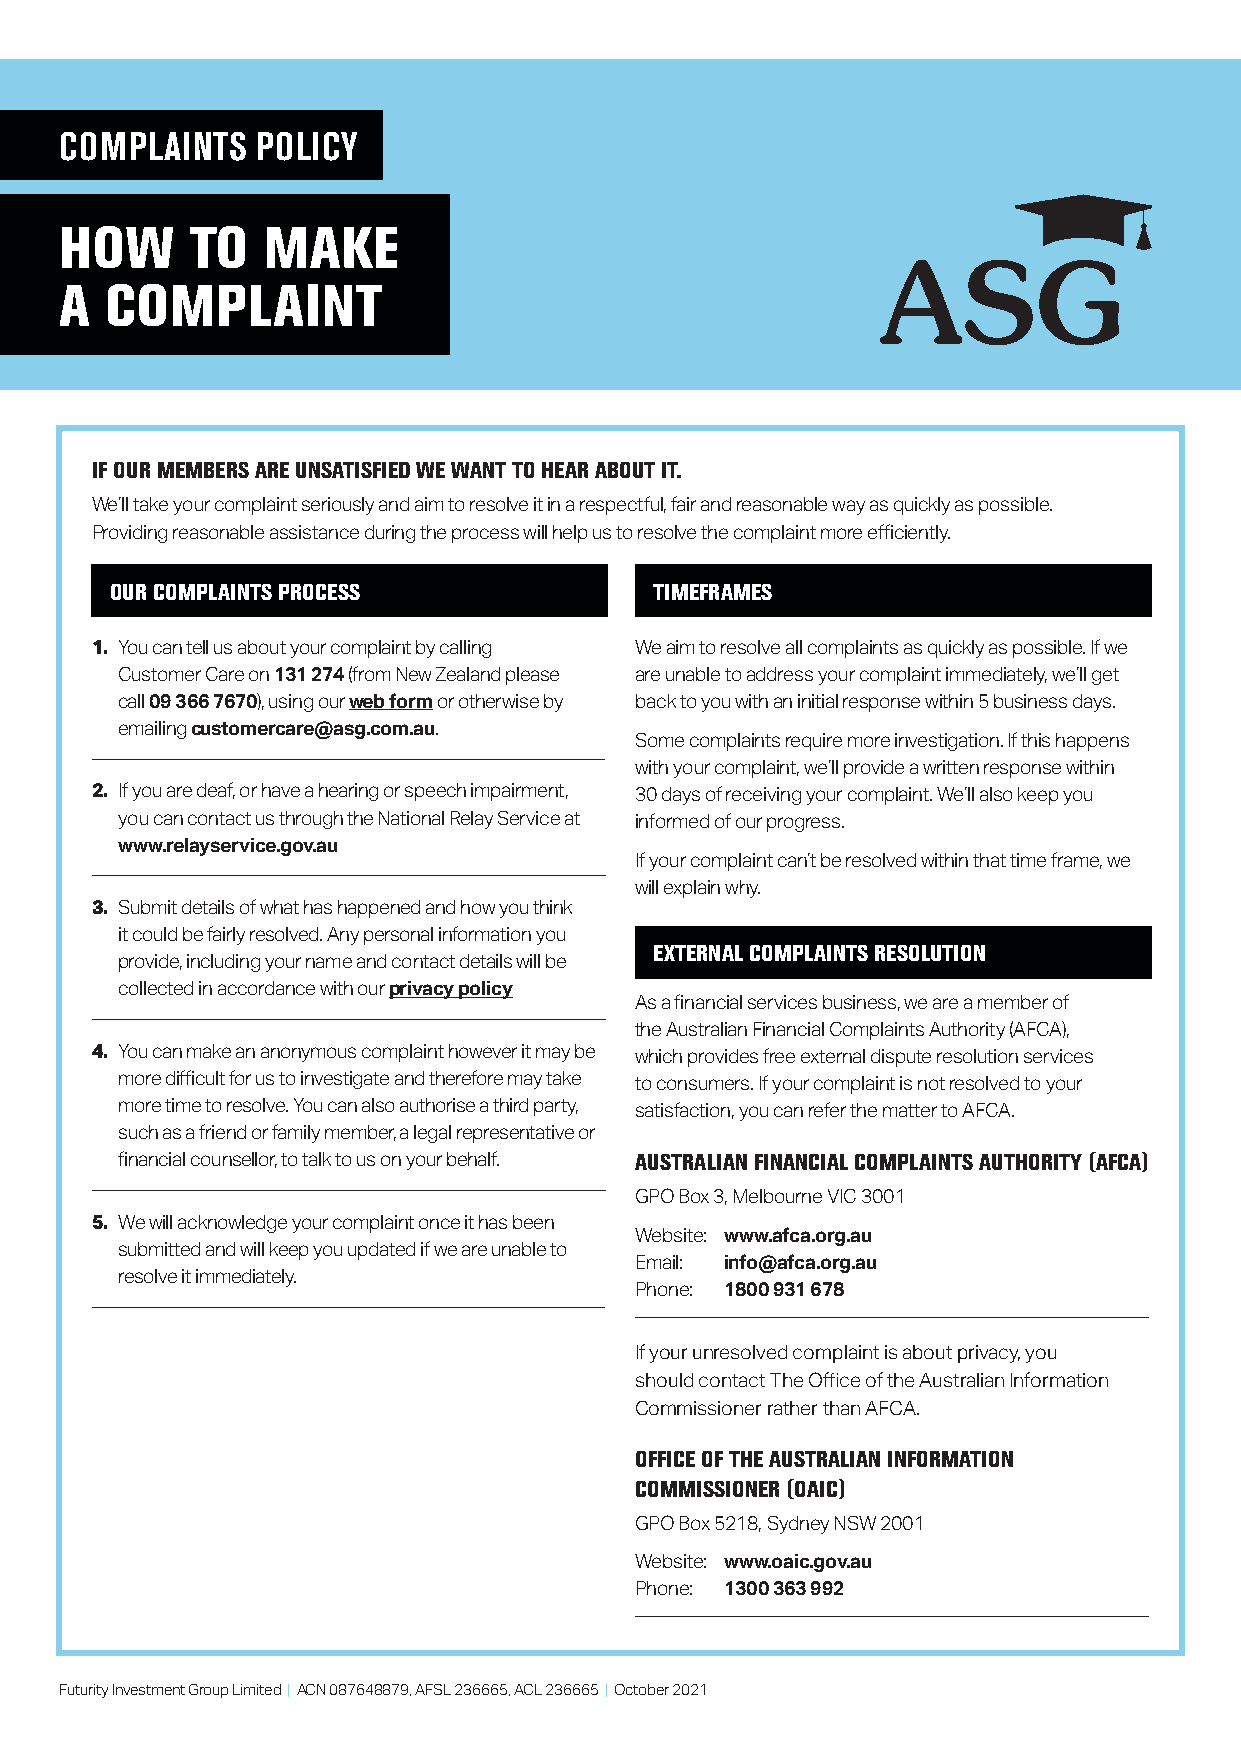
COMPLAINTS   POLICY
 HOW      TO  MAKE
 A  COMPLAINT
 IF OUR MEMBERS ARE UNSATISFIED WE WANT TO HEAR ABOUT IT.
 We’ll take your complaint seriously and aim to resolve it in a respectful, fair and reasonable way as quickly as possible.
 Providing reasonable assistance during the process will help us to resolve the complaint more efficiently.
 OUR COMPLAINTS PROCESS              TIMEFRAMES
 1. Y ou can tell us about your complaint by calling We aim to resolve all complaints as quickly as possible. If we
 Customer Care on 131 274 (from New Zealand please are unable to address your complaint immediately, we’ll get
 call 09 366 7670), using our web form or otherwise by back to you with an initial response within 5 business days.
 emailing customercare@asg.com.au.
 Some complaints require more investigation. If this happens
 with your complaint, we’ll provide a written response within
 2. I f you are deaf, or have a hearing or speech impairment, 30 days of receiving your complaint. We’ll also keep you
 you can contact us through the National Relay Service at informed of our progress.
 www.relayservice.gov.au
 If your complaint can’t be resolved within that time frame, we
 will explain why.
 3. S ubmit details of what has happened and how you think
 it could be fairly resolved. Any personal information you EXTERNAL COMPLAINTS RESOLUTION
 provide, including your name and contact details will be
 collected in accordance with our privacy policy
 As a financial services business, we are a member of
 the Australian Financial Complaints Authority (AFCA),
 4. Y ou can make an anonymous complaint however it may be which provides free external dispute resolution services
 more difficult for us to investigate and therefore may take to consumers. If your complaint is not resolved to your
 more time to resolve. You can also authorise a third party, satisfaction, you can refer the matter to AFCA.
 such as a friend or family member, a legal representative or
 AUSTRALIAN FINANCIAL COMPLAINTS AUTHORITY (AFCA)
 financial counsellor, to talk to us on your behalf.
 GPO Box 3, Melbourne VIC 3001
 5. W e will acknowledge your complaint once it has been
 Website: www.afca.org.au
 submitted and will keep you updated if we are unable to
 Email: info@afca.org.au
 resolve it immediately.
 Phone: 1800 931 678
 If your unresolved complaint is about privacy, you
 should contact The Office of the Australian Information
 Commissioner rather than AFCA.
 OFFICE OF THE AUSTRALIAN INFORMATION
 COMMISSIONER (OAIC)
 GPO Box 5218, Sydney NSW 2001
 Website: www.oaic.gov.au
 Phone: 1300 363 992
 Futurity Investment Group Limited | ACN 087648879, AFSL 236665, ACL 236665 | October 2021